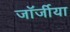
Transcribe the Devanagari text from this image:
जॉर्जीया